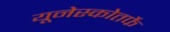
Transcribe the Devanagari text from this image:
यूनेस्कोतर्फे